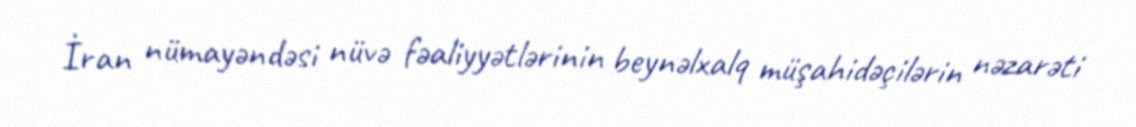
İran nümayəndəsi nüvə fəaliyyətlərinin beynəlxalq müşahidəçilərin nəzarəti